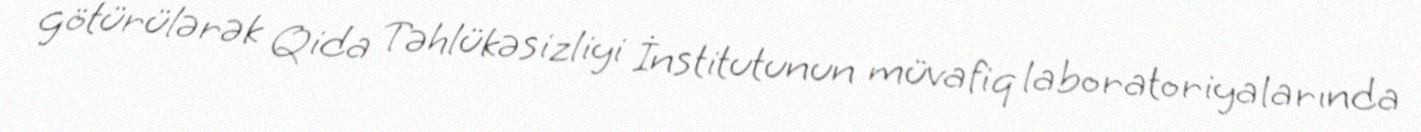
götürülərək Qida Təhlükəsizliyi İnstitutunun müvafiq laboratoriyalarında